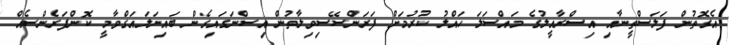
އެގޮތުން ފަލަސްތީނާއި އިސްރާއީލުގެ މައްސަލަ ހައްލު ކުރުމަށް ފަރަންސޭސިވިލާތުން އިސްނަގައިގެން ބައިނަލައަގްވާމީ ކޮންފަރެންސެއް